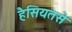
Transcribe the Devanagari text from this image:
हैसियतसे